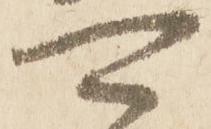
可